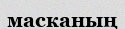
масканың